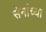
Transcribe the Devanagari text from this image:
सेनांच्या